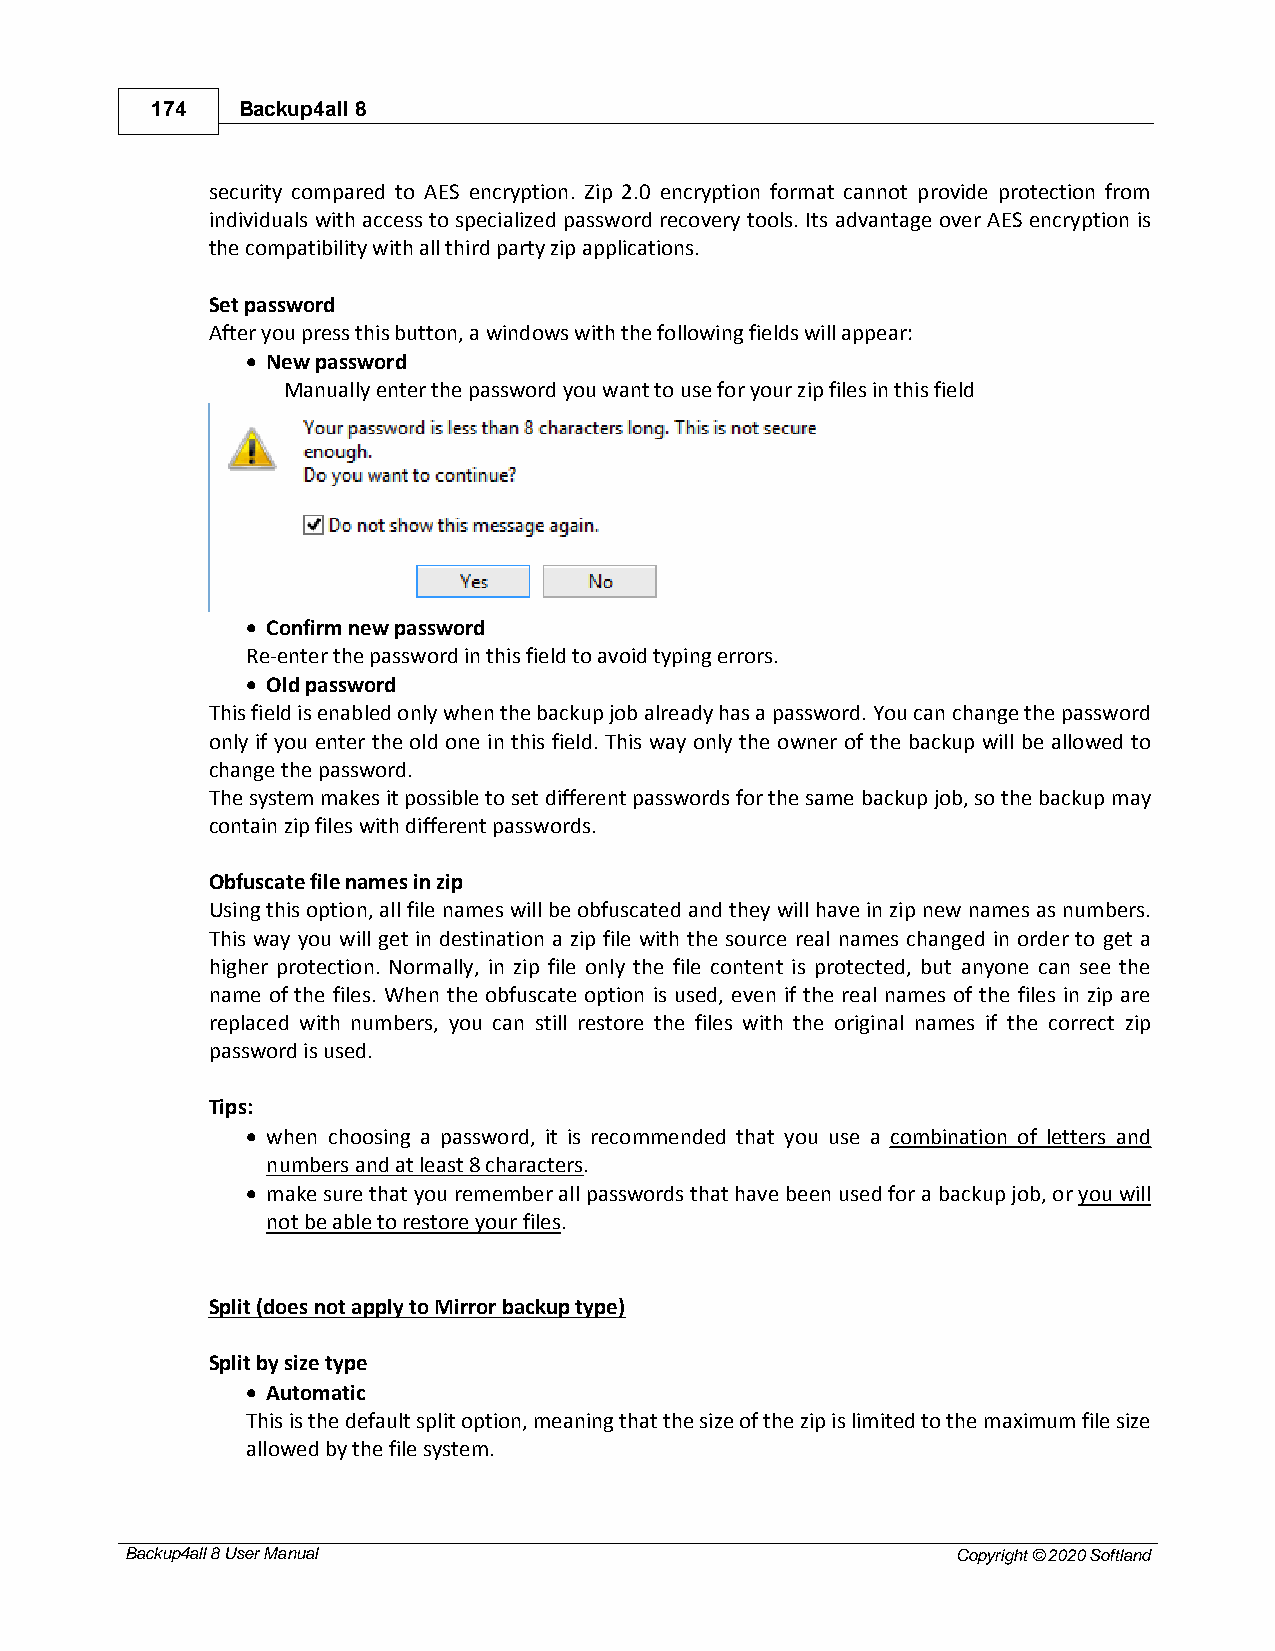
174   Backup4all 8
 security compared to AES encryption. Zip 2.0 encryption format cannot provide protection from
 individuals with access to specialized password recovery tools. Its advantage over AES encryption is
 the compatibility with all third party zip applications.
 Set password
 After you press this button, a windows with the following fields will appear:
 · New password
 Manually enter the password you want to use for your zip files in this field
 · Confirm new password
 Re-enter the password in this field to avoid typing errors.
 · Old password
 This field is enabled only when the backup job already has a password. You can change the password
 only if you enter the old one in this field. This way only the owner of the backup will be allowed to
 change the password.
 The system makes it possible to set different passwords for the same backup job, so the backup may
 contain zip files with different passwords.
 Obfuscate file names in zip
 Using this option, all file names will be obfuscated and they will have in zip new names as numbers.
 This way you will get in destination a zip file with the source real names changed in order to get a
 higher protection. Normally, in zip file only the file content is protected, but anyone can see the
 name of the files. When the obfuscate option is used, even if the real names of the files in zip are
 replaced with numbers, you can still restore the files with the original names if the correct zip
 password is used.
 Tips:
 · when choosing a password, it is recommended that you use a combination of letters and
 numbers and at least 8 characters.
 · make sure that you remember all passwords that have been used for a backup job, or you will
 not be able to restore your files.
 Split (does not apply to Mirror backup type)
 Split by size type
 · Automatic
 This is the default split option, meaning that the size of the zip is limited to the maximum file size
 allowed by the file system.
 Backup4all 8 User Manual                               Copyright © 2020 Softland